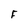
Character: F